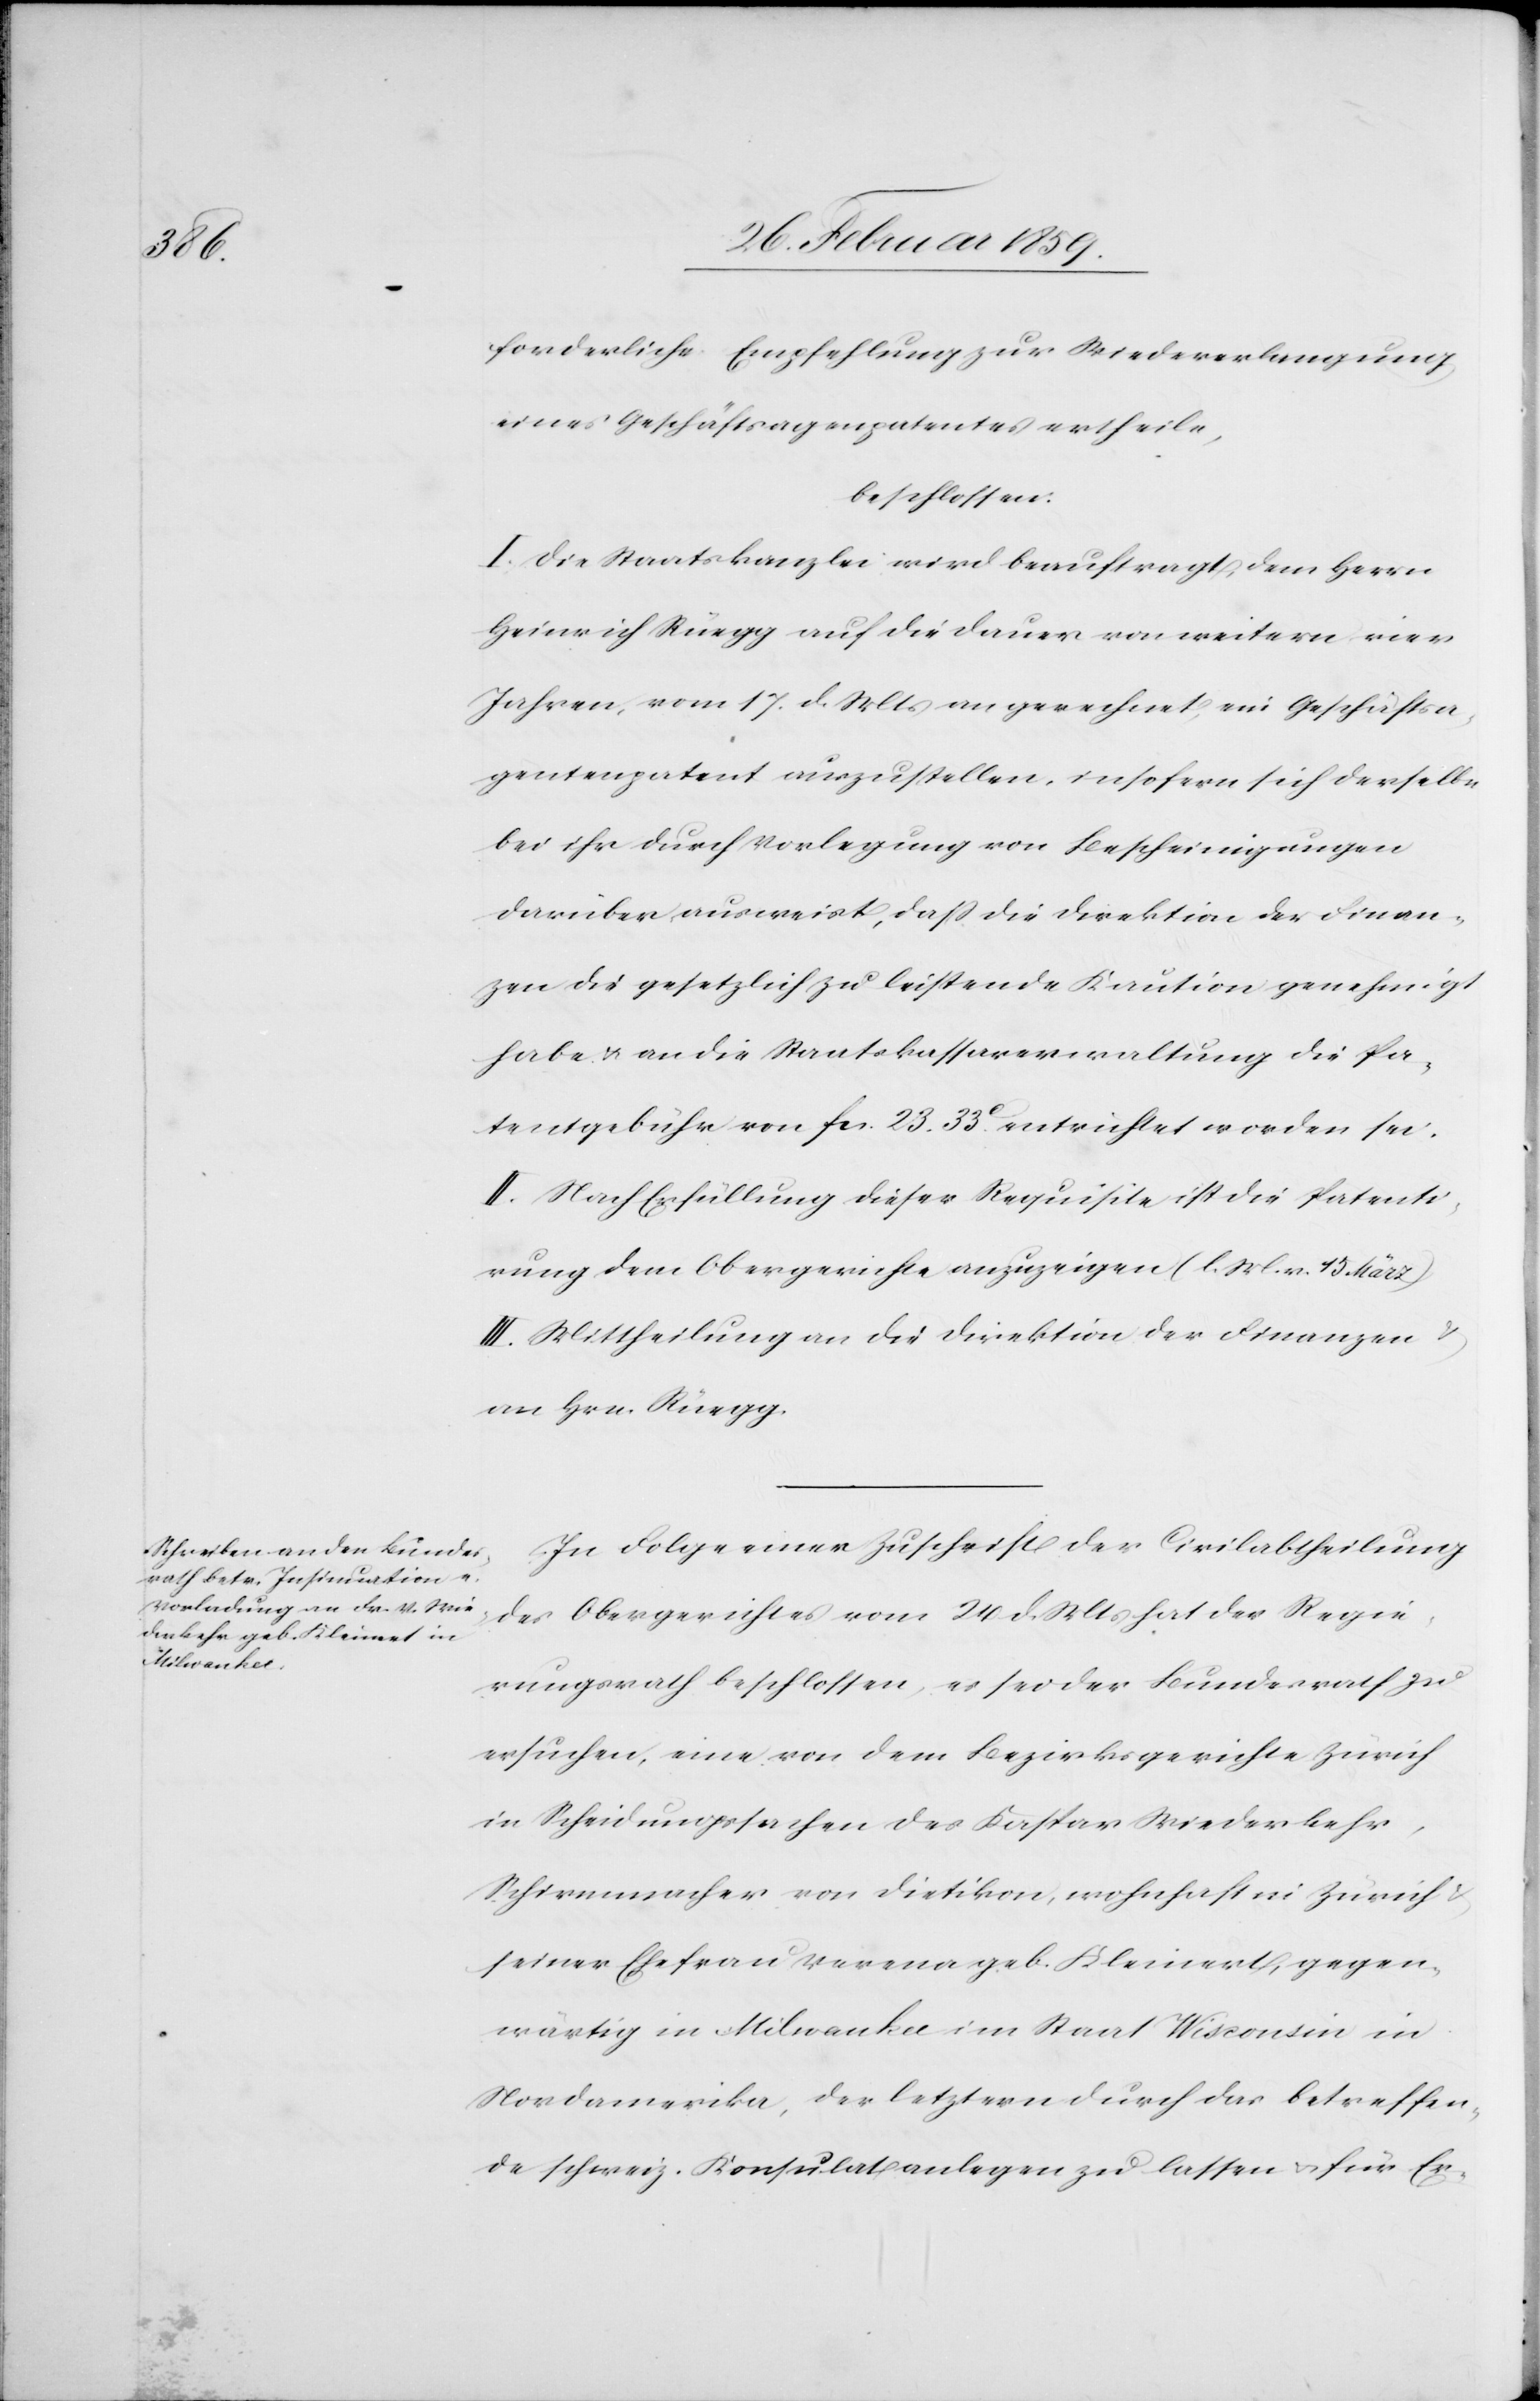
forderliche Empfehlung zur Wiedererlangung
eines Geschäftsagen[ten]patentes ertheile,
beschlossen:
I. Die Staatskanzlei wird beauftragt, dem Herrn
Heinrich Rüegg auf die Dauer von weitern vier
Jahren, vom 17. d. Mts an gerechnet, ein Geschäftsa¬
gentenpatent auszustellen, insofern sich derselbe
bei ihr durch Vorlegung von Bescheinigungen
darüber ausweist, daß die Direktion der Finan¬
zen die gesetzlich zu leistende Kaution genehmigt
habe u an die Staatskassaverwaltung die Pa¬
tentgebühr von fcs. 23. 33 c. entrichtet worden sei.
II. Nach Erfüllung dieser Requisita ist die Patenti¬
rung dem Obergerichte anzuzeigen (l. M. V. 15. März).
III. Mittheilung an die Direktion der Finanzen
an Hrn. Rüegg.
In Folge einer Zuschrift der Civilabtheilung
des Obergerichtes vom 24 d. Mts hat der Regie¬
rungsrath beschlossen, es sei der Bundesrath zu
ersuchen, eine von dem Bezirksgerichte Zürich
in Scheidungssachen des Kaspar Wiederkehr,
Schirmmacher von Dietikon, wohnhaft in Zürich
seiner Ehefrau Verena geb. Kleinert, gegen¬
wärtig in Milwaukee im Staat Wisconsin in
Nordamerika, der letztern durch das betreffen¬
de schweiz. Konsulat anlegen zu lassen u. für Er-